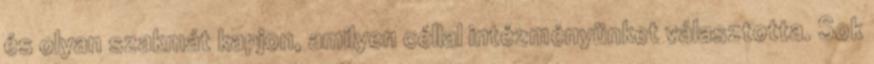
és olyan szakmát kapjon, amilyen céllal intézményünket választotta. Sok